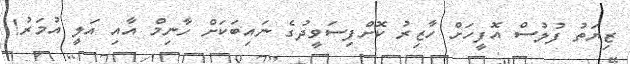
ޒިޔަތު ފުލުސް އޮފީހަށް ހާޒިރު ކޮށްފިސަވީދުގެ ނައިބަކަށް ހާނިމް އާއި އަލީ އުމަރު!